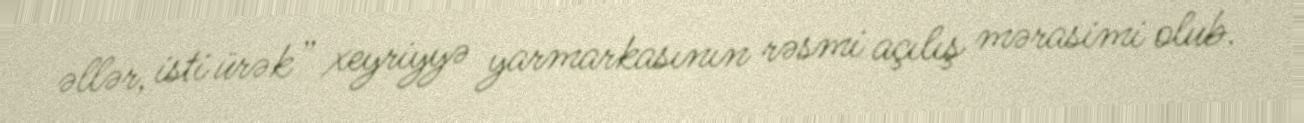
əllər, isti ürək” xeyriyyə yarmarkasının rəsmi açılış mərasimi olub.